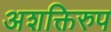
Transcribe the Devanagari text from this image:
अशक्तिरुप